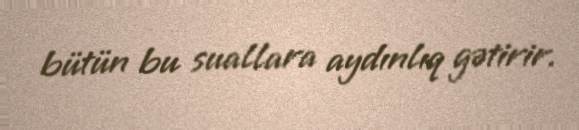
bütün bu suallara aydınlıq gətirir.